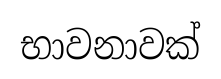
භාවනාවක්